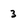
Character: 3